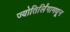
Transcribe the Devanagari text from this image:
ज्योतिर्लिंगामधून